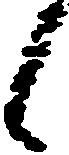
候